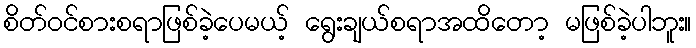
စိတ်ဝင်စားစရာဖြစ်ခဲ့ပေမယ့် ရွေးချယ်စရာအထိတော့ မဖြစ်ခဲ့ပါဘူး။